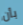
بأن